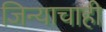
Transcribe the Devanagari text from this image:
जिन्याचाही